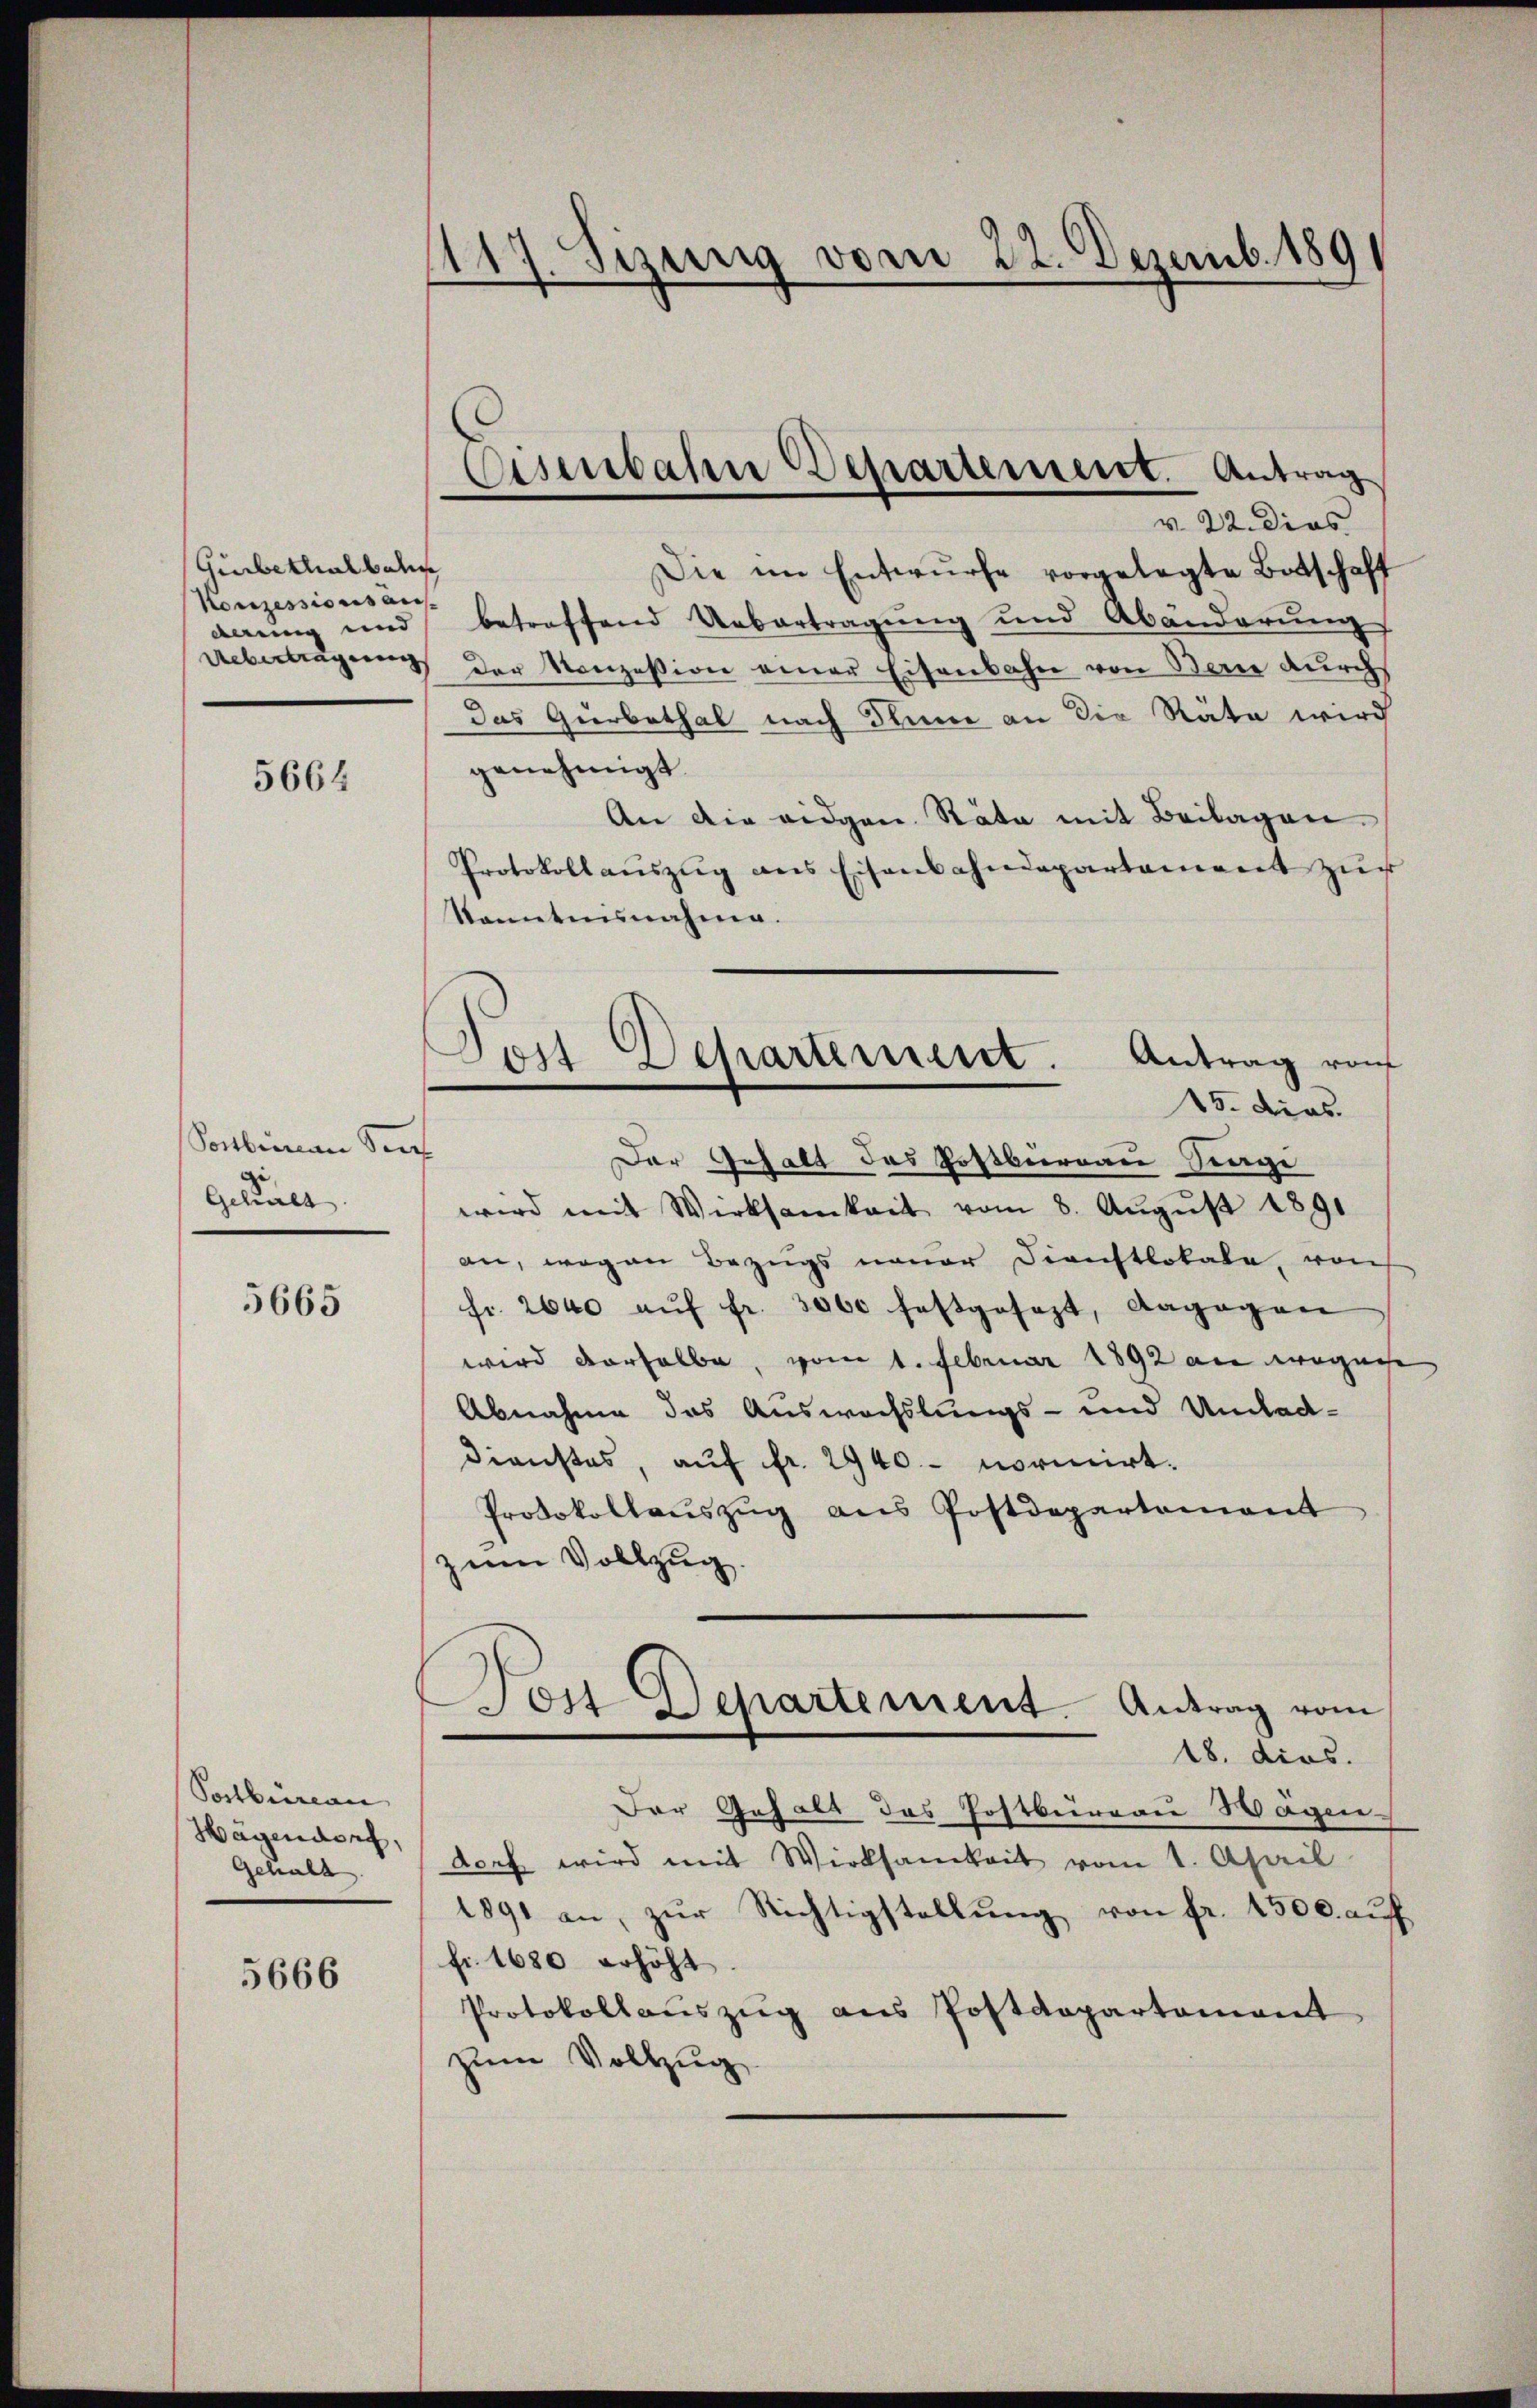
Gürbethalbahn
Konzessions aus-
deung und

5664

Soctbeinan Sach
Geculs

5665

Postbüreau
Hägendorf,
Gehalt

5666

1117. Sizung vom 22. Dezemb. 1891

Eisenbahn Departement. Antrag
v. 22. dies

Die im Entwurfe vorgelegte Botschaft
betreffend Uebertragung und Abänderung
Aebertragung der Konzession einer Eisenbahn von Bern durch
Das Gurbathal nach Blume an die Räte wird
genehmigt.
An die eidgen. Räte mit Beilagen.
Protokollaŭszŭg ans Eisenbahndepartament zŭr
Sonntennahme.
Der Gehalt des Postburgau Sage
wird mit Wirksamkeit vom 8. Aŭgŭst 1891
an, wogen Bezugs neuer Dienstlokale, von
fr. 2640 aŭf fr. 3000 festgesezt, dagegen
wird derselbe, vom 1. Februar 1892 die wegenhe
Abnahme das Auswechslungs- und Umlad-
Dienstes, auf fr. 2940.- normirt.
Protokollauszug aus Postdepartement
zum Vollzug.
Non Departement. Antrag vom
18. dies.
Der Gehalt das Postbureau Wagen
dorf wird mit Wirksamkeit vom 1. April
1891 an, zŭr Richtigstellung von fr. 1500. auf
fr. 1680 erhöht
Protokollauszug aus Postdepartement
zum Vollzug

Post Dehartement. Antrag von
15. dies.